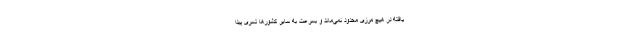
یافته در هیچ مرزی محدود نمی‌ماند و بسرعت به سایر کشورها تسری پیدا